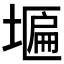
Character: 𮰩